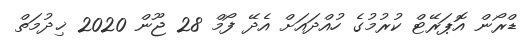
ޑްރޯން އޮޕަރޭޓް ކުރުމުގެ ހުއްދައަށް އެދޭ ފޯމް 28 ޖޫން 2020 ޚިދުމަތް